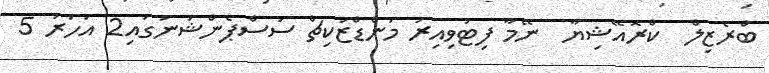
ބްރެޒިލް  ކްރޮއޭޝިޔާ  ނޭމާ ފިޓުވިއިރު މަންޑްޒުކިޗް ސަސްޕެންޝަނުގައި2 އަހަރު 5